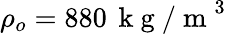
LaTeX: \rho_{o}=880\, \mathrm{~k~g~/~m~}^{3}